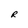
Character: R